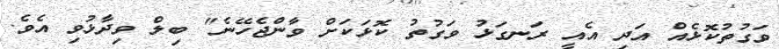
ވަގުތުކޮޅެއް އަދި އެއީ ރަނގަޅު ވަގުތު ކޮޅަކަށް ވާންޖެހޭނެ" ބިލް ވިދާޅުވި އެވެ.